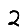
Digit: 2